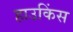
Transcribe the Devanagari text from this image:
हाउकिंस